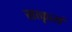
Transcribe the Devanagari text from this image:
सत्कृत्यं